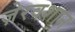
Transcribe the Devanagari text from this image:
ज़ेरवशान